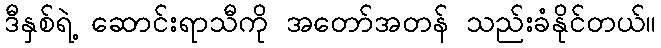
ဒီနှစ်ရဲ့ ဆောင်းရာသီကို အတော်အတန် သည်းခံနိုင်တယ်။